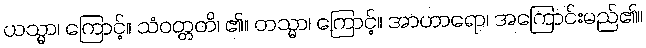
ယသ္မာ၊ ကြောင့်။ သံဝတ္တတိ၊ ၏။ တသ္မာ၊ ကြောင့်။ အာဟာရော၊ အကြောင်းမည်၏။